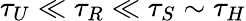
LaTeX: \tau_{U}\ll\tau_{R}\ll\tau_{S}\sim\tau_{H}